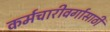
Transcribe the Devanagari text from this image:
कर्मचारीवर्गासाठी